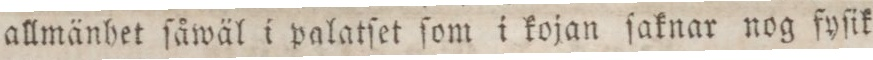
allmänhet ſåwäl i palatſet ſom i kojan ſaknar nog fyſik